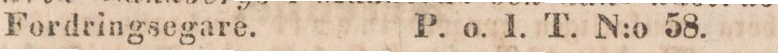
Fordringsegare.    P. o. l. T. N:o 58.